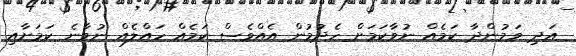
އަދި ވަމުންދާ ކަމެއް ނުވާކަމަށް ހެދުމުން އެއްވެސް ކަމެއް ހައްލެއް ނުވާނެ ކަމަށާއި